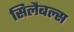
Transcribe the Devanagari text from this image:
सिलैबल्स